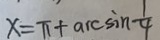
x = \pi + \arcsin \frac { 1 } { 4 }